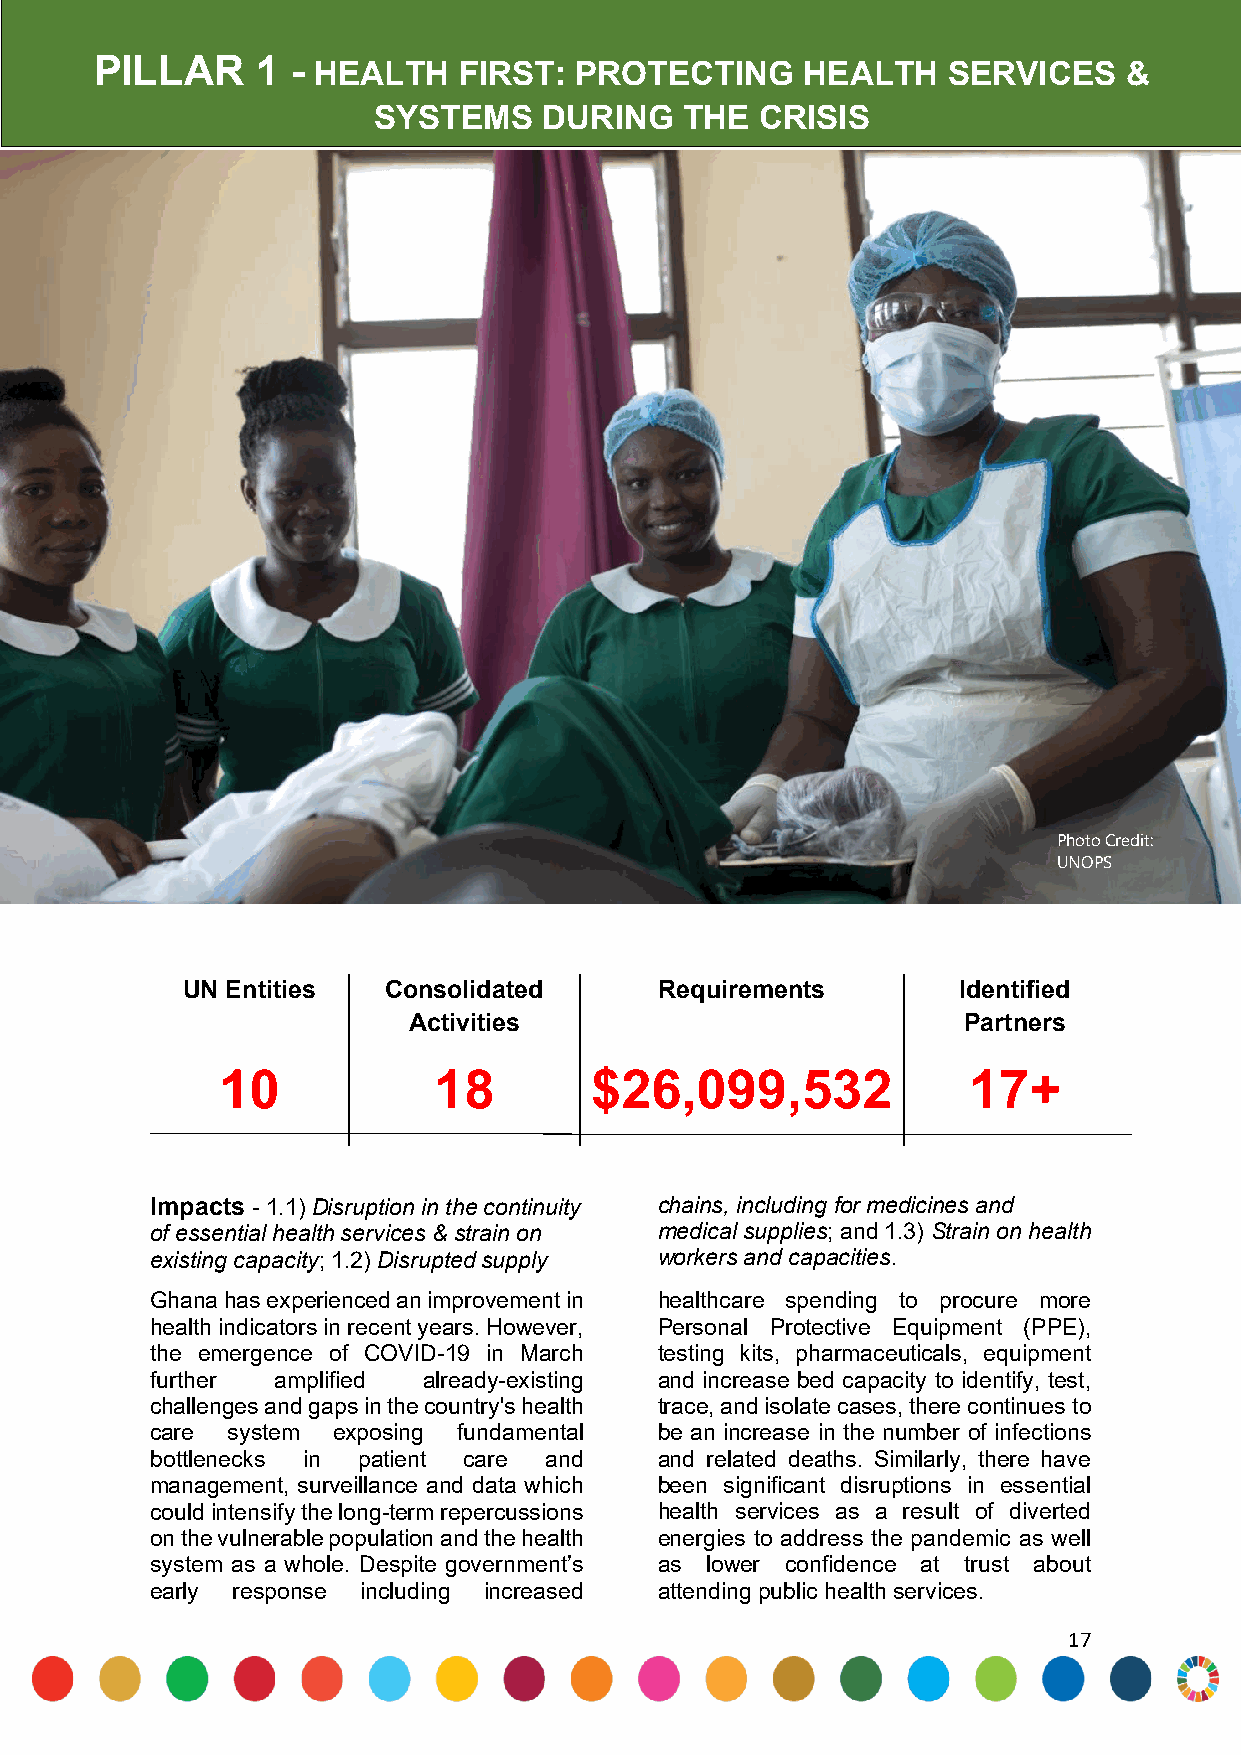
PILLAR     1 - HEALTH   FIRST:  PROTECTING     HEALTH    SERVICES    &
 SYSTEMS    DURING   THE  CRISIS
 Photo Credit:
 UNOPS
 UN Entities  Consolidated       Requirements       Identified
 Activities                           Partners
 10            18        $26,099,532              17+
 Impacts - 1.1) Disruption in the continuity chains, including for medicines and
 of essential health services & strain on medical supplies; and 1.3) Strain on health
 existing capacity; 1.2) Disrupted supply workers and capacities.
 Ghana has experienced an improvement in healthcare spending to procure more
 health indicators in recent years. However, Personal Protective Equipment (PPE),
 the emergence of COVID-19 in March testing kits, pharmaceuticals, equipment
 further amplified already-existing and increase bed capacity to identify, test,
 challenges and gaps in the country's health trace, and isolate cases, there continues to
 care system exposing fundamental  be an increase in the number of infections
 bottlenecks in patient care and   and related deaths. Similarly, there have
 management, surveillance and data which been significant disruptions in essential
 could intensify the long-term repercussions health services as a result of diverted
 on the vulnerable population and the health energies to address the pandemic as well
 system as a whole. Despite government’s as lower confidence at trust about
 early response including increased attending public health services.
 17